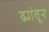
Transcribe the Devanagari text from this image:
ढ्यांतून